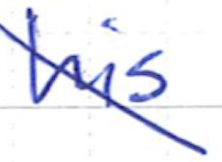
Text: his
Cross-out: diagonal
Writing tool: ballpoint